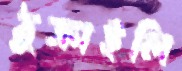
ঠুক্‌রাইলি